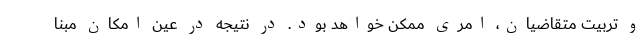
و تربیت متقاضیان، امری ممکن خواهد بود. در نتیجه در عین امکان مبنا